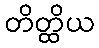
တိတ္ထိယ